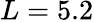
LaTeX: L=5.2